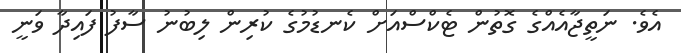
އެވެ. ނަތީޖާއެއްގެ ގޮތުން ޓެކްސްއަށް ކެނޑުމުގެ ކުރިން ލިބުނު ސާފު ފައިދާ ވަނީ